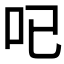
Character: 𠯇